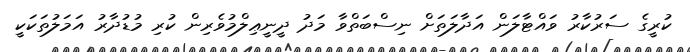
ކުރީގެ ސަރުކާރު ވައްޓާލަން އަދާލަތަށް ނިސްބަތްވާ މަދު ދީނީޢިލްމުވެރިން ކުރި މުޑުދާރު އަމަލުތަކަކީ